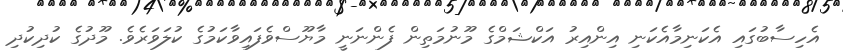
އެހިސާބުގައި އެކަނިމާއެކަނި އިންއިރު އަކްޝަމްގެ މޫނުމަތިން ފެންނަނީ މާޔޫސްވެފައިވާކަމުގެ ކުލަވަރެވެ. މޫދުގެ ކުދިކުދި